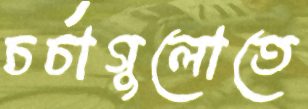
চর্চাগুলোতে